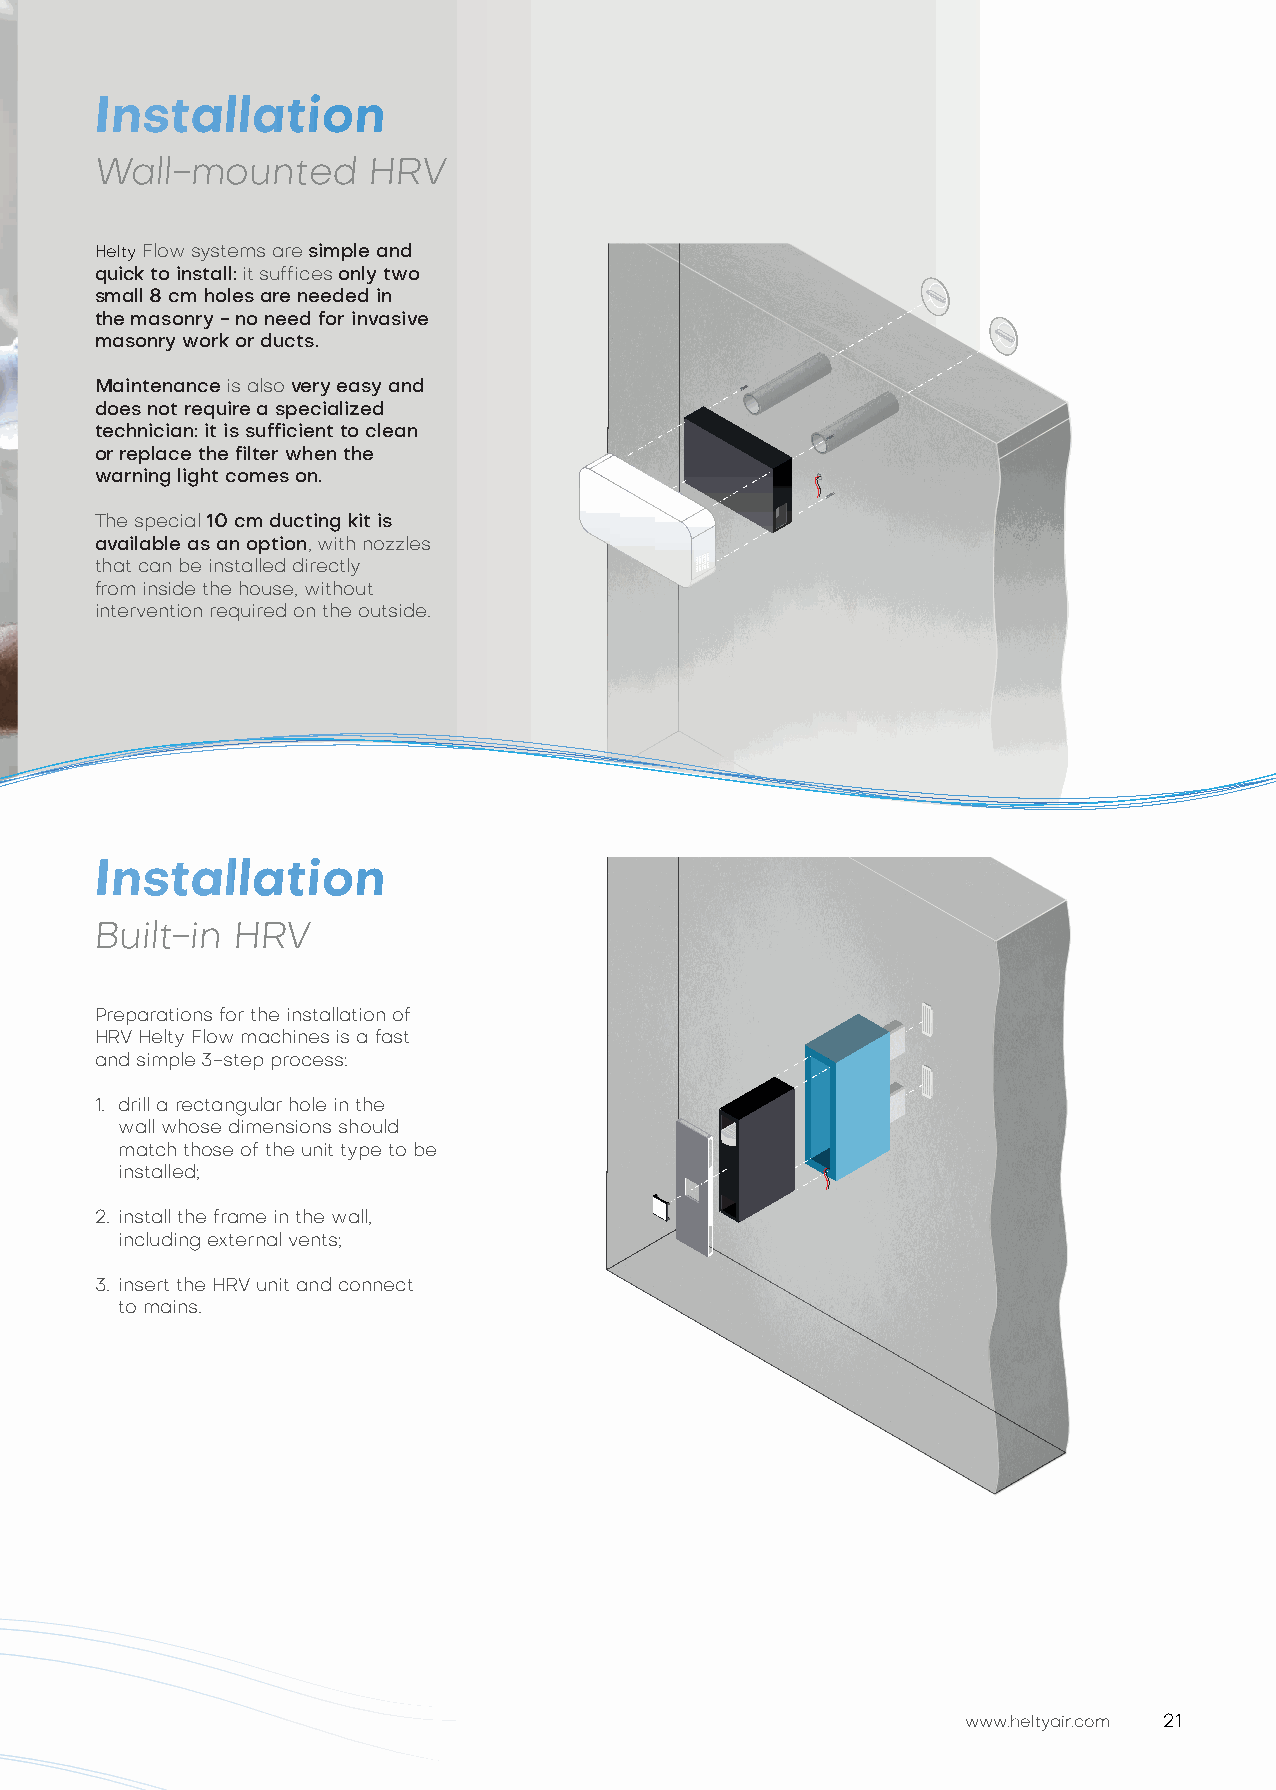
Installation
 Wall-mounted      HRV
 Helty Flow systems are simple and
 quick to install: it suffices only two
 small 8 cm holes are needed in
 the masonry - no need for invasive
 masonry work or ducts.
 Maintenance is also very easy and
 does not require a specialized
 technician: it is sufficient to clean
 or replace the filter when the
 warning light comes on.
 The special 10 cm ducting kit is
 available as an option, with nozzles
 that can be installed directly
 from inside the house, without
 intervention required on the outside.
 Installation
 Built-in HRV
 Preparations for the installation of
 HRV Helty Flow machines is a fast
 and simple 3-step process:
 1. drill a rectangular hole in the
 wall whose dimensions should
 match those of the unit type to be
 installed;
 2. install the frame in the wall,
 including external vents;
 3. insert the HRV unit and connect
 to mains.
 www.heltyair.com 21